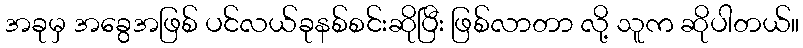
အခုမှ အခွေအဖြစ် ပင်လယ်ခုနစ်စင်းဆိုပြီး ဖြစ်လာတာ လို့ သူက ဆိုပါတယ်။